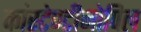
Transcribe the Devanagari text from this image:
कांस्टेण्टीनोपिल